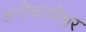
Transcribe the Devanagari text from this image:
अगोकामेश्वर